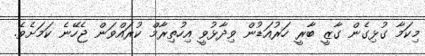
މިކަމާ ގުޅިގެން ގާޒީ ބާރީ ހަރުއަޑުން ވިދާޅުވީ އިހުތިރާމް ކުރައްވަން ޖެހޭނެ ކަމަށެވެ.